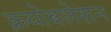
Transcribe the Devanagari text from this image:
क्रयोबलेशन